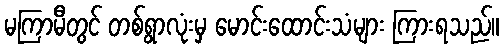
မကြာမီတွင် တစ်ရွာလုံးမှ မောင်းထောင်းသံများ ကြားရသည်။